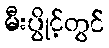
မီးပွိုင့်တွင်